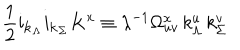
LaTeX: \frac { 1 } { 2 } { \bf i } _ { \bf k _ { \Lambda } } { \bf i } _ { \bf k _ { \Sigma } } K ^ { x } \equiv \lambda ^ { - 1 } \Omega _ { u v } ^ { x } \, k _ { \Lambda } ^ { u } \, k _ { \Sigma } ^ { v }